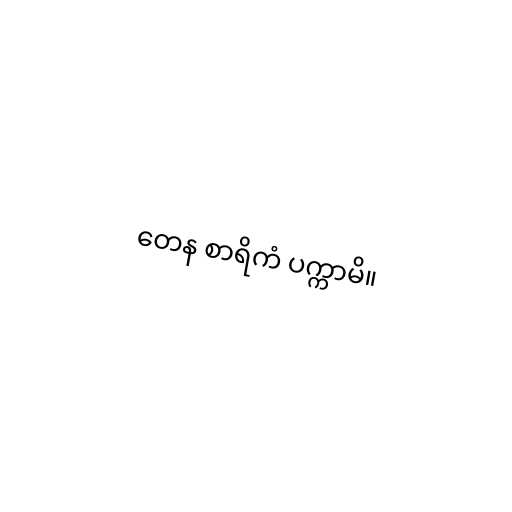
တေန စာရိကံ ပက္ကာမိ။